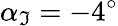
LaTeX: \alpha_{\mathfrak{I}}=-4^{\circ}